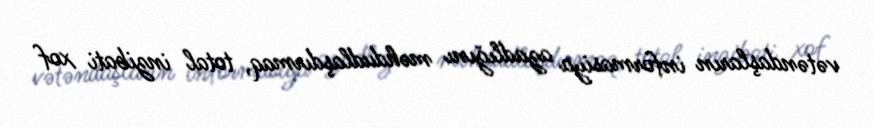
vətəndaşların informasiya azadlığını məhdudlaşdırmaq, total inzibati xof